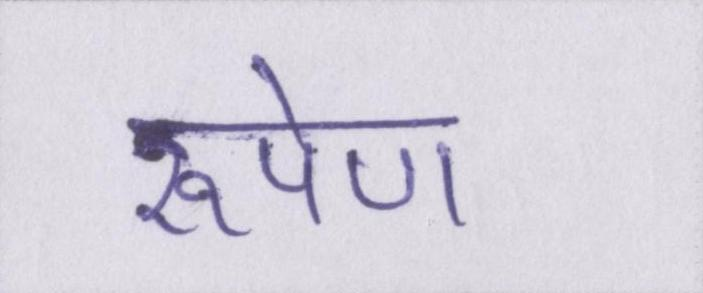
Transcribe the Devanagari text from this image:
रूपेण